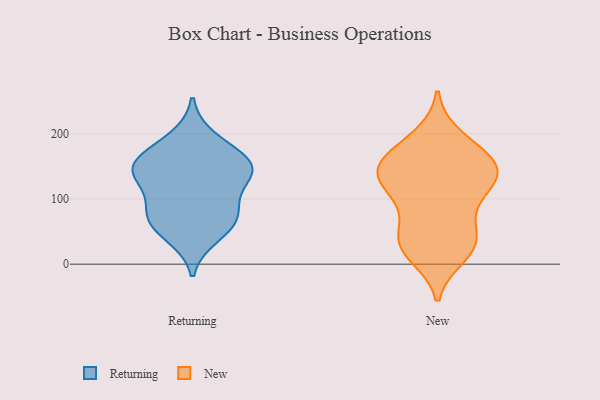
{"axis": {"x": "Active Users", "y": "Value"}, "legend": ["New", "Returning"], "data": [{"x": "", "y": 67, "type": "Returning"}, {"x": "", "y": 95, "type": "Returning"}, {"x": "", "y": 129, "type": "Returning"}, {"x": "", "y": 167, "type": "Returning"}, {"x": "", "y": 193, "type": "Returning"}, {"x": "", "y": 144, "type": "Returning"}, {"x": "", "y": 65, "type": "Returning"}, {"x": "", "y": 43, "type": "Returning"}, {"x": "", "y": 77, "type": "Returning"}, {"x": "", "y": 154, "type": "Returning"}, {"x": "", "y": 148, "type": "Returning"}, {"x": "", "y": 142, "type": "Returning"}, {"x": "", "y": 139, "type": "New"}, {"x": "", "y": 15, "type": "New"}, {"x": "", "y": 151, "type": "New"}, {"x": "", "y": 194, "type": "New"}, {"x": "", "y": 29, "type": "New"}, {"x": "", "y": 142, "type": "New"}, {"x": "", "y": 37, "type": "New"}, {"x": "", "y": 31, "type": "New"}, {"x": "", "y": 118, "type": "New"}, {"x": "", "y": 165, "type": "New"}, {"x": "", "y": 140, "type": "New"}, {"x": "", "y": 179, "type": "New"}, {"x": "", "y": 121, "type": "New"}, {"x": "", "y": 72, "type": "New"}, {"x": "", "y": 34, "type": "New"}, {"x": "", "y": 146, "type": "New"}, {"x": "", "y": 98, "type": "New"}]}